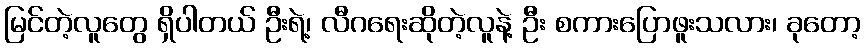
မြင်တဲ့လူတွေ ရှိပါတယ် ဦးရဲ့၊ လီဂရေးဆိုတဲ့လူနဲ့ ဦး စကားပြောဖူးသလား၊ ခုတော့